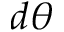
d \theta